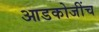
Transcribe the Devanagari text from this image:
आडकोजींच